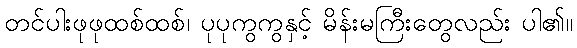
တင်ပါးဖုဖုထစ်ထစ်၊ ပုပုကွကွနှင့် မိန်းမကြီးတွေလည်း ပါ၏။